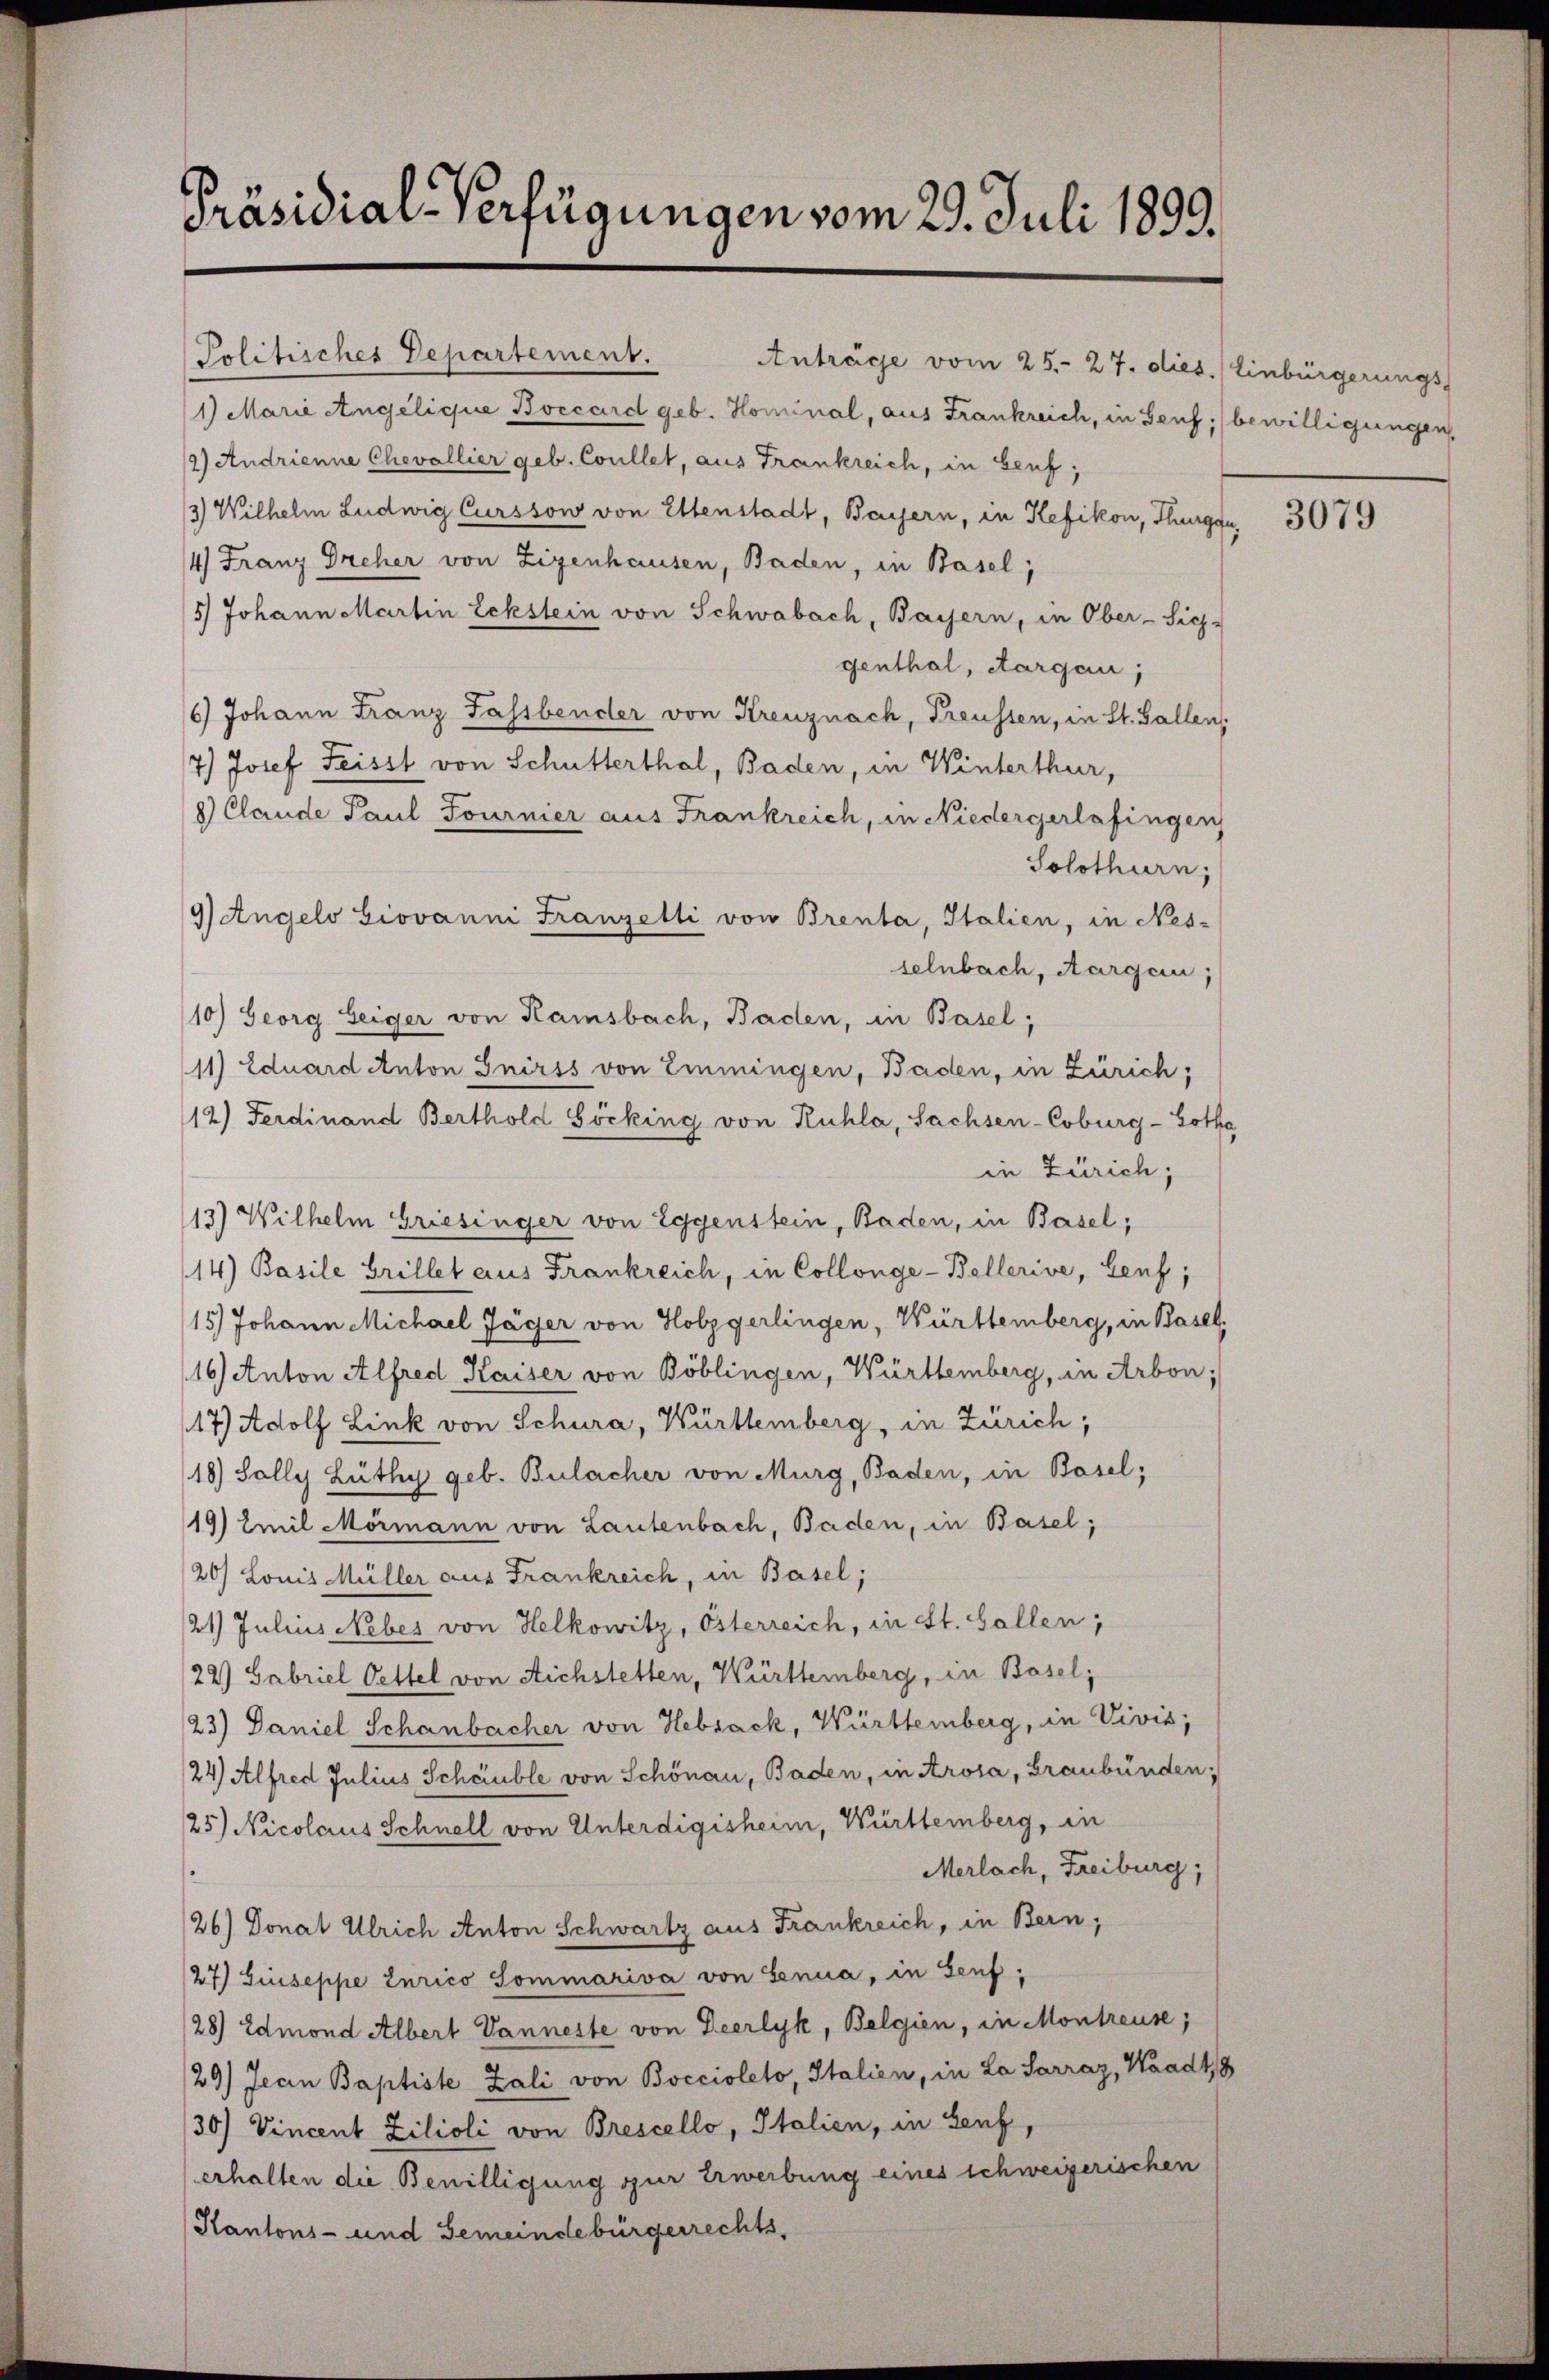
Präsidial-Verfügungen vom 29. Juli 1899.

1) Marie Angeliquie Boccard geb. Hominal, aus Frankreich, in Genf; bewilligungen,
2) Andrienne Chevallier geb. Coullet, aus Frankreich, in Genf;
3) Wilhelm Ludwig Curssow von Ettenstadt, Bayern, in Kefikon, Thurgau,
4) Franz Dreher von Eigenhausen, Baden, in Basel;
15) Johann Martin Eckstein von Schwabach, Bayern, in Ober-Sich-
genthal, Aargau;
6) Johann Franz Sassbender von Kreuznach, Freussen, in St. Gallen,
7.) Josef Feisst von Schutterthal, Baden, in Winterthur,
8) Claude Paul Fournier aus Frankreich, in Niedergerlafingen
Solothurn,
selnbach, Aargau;
10) Georg Zeiger von Kaisbach, Baden, in Basel,
11) Eduard Anton Guirss von Emmingen, Baden, in Zürich;
12) Ferdinand Berthold Böcking von Kuhla, Sachsen-Coburg-Gothe
in Zürich;
13) Wilhelm Griesinger von Eggenstein, Baden, in Basel;
14) Basile Grillet aus Frankreich, in Collenge-Bellerive, Genf;
15) Johann Michael Jäger von Holzgerlingen, Württemberg, in Basel,
16) Anton Alfred Kaiser von Böblingen, Württemberg, in Arbon;
17) Adolf Link von Schura, Württemberg, in Zürich;
18) Solly Lüthy geb. Bulacher von Murg, Baden, in Basel;
19) Emil Mörmann von Lautenbach, Baden, in Basel;
20/ Louis Müller aus Frankreich, in Basel;
21) Julius Neber von Helkowitz, Österreich, in St. Gallen;
22) Gabriel Oettel von Aichstetten, Württemberg, in Basel;
23) Daniel Schanbacher von Hebsack, Württemberg, in Vivis,
24) Alfred Julius Scheuble von Schönau, Baden, in Arosa, Graubünden;
25.) Nicolaus Schnell von Unterdigisheim, Württemberg, in
Merlach, Freiburg,
26) Donat Ulrich Anton Schwartz aus Frankreich, in Bern,
27) Giuseppe zurico Sommariva von Senua, in Genf,
28) Edmond Albert Vanneste von Zeerlyk, Belgien, in Montreuse;
29) Jean Baptiste Zali von Boccioleto, Italien, in La Sarraz, Waadt, 8
30) Vincent Zilioli von Brescello, Italien, in Senf,
erhalten die Bewilligung zur Erwerbung eines schweizerischen

9) Angelo Giovanni Franzelli von Brenta, Italien, in Nes-

Politisches Departement. Anträge vom 25. 27. dies. Einbürgerungs-

3079